画像に写った文字を読んでください
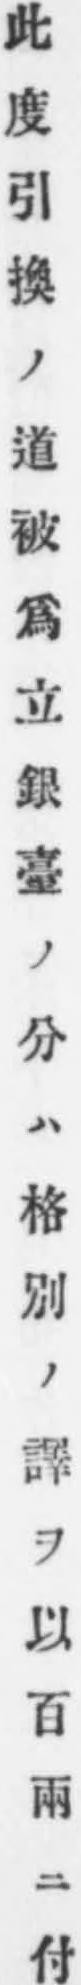
「此度引換ノ道被爲立銀臺ノ分ハ格別ノ譯ヲ以百兩ニ付」と書いてあります